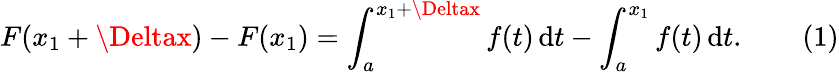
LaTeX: F(x_{1}+\Deltax)-F(x_{1})=\int_{a}^{x_{1}+\Deltax}f(t)\, \mathrm{d}t-\int_{a}^{x_{1}}f(t)\, \mathrm{d}t.\qquad(1)